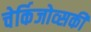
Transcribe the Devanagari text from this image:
चेर्किजोव्सकी